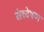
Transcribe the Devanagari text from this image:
संश्वेषण